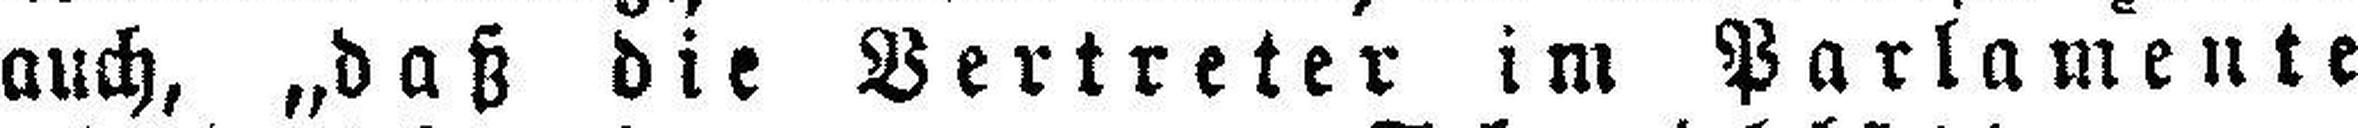
auch, „daß die Vertreter im Parlamente